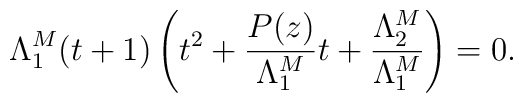
\Lambda_1^M(t+1)\left(t^2+\frac{P(z)}{\Lambda_1^M}t+\frac{\Lambda_2^M}{\Lambda_1^M}\right) = 0.